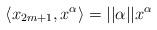
LaTeX: \begin{align*}\langle x_{2m+1},x^\alpha\rangle =\vert\vert \alpha\vert\vert x^\alpha \end{align*}